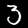
Digit: 3